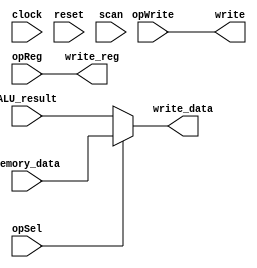
/** @module : writeback_unit
 *  @author : Secure, Trusted, and Assured Microelectronics (STAM) Center

 *  Copyright (c) 2022 Trireme (STAM/SCAI/ASU)
 *  Permission is hereby granted, free of charge, to any person obtaining a copy
 *  of this software and associated documentation files (the "Software"), to deal
 *  in the Software without restriction, including without limitation the rights
 *  to use, copy, modify, merge, publish, distribute, sublicense, and/or sell
 *  copies of the Software, and to permit persons to whom the Software is
 *  furnished to do so, subject to the following conditions:
 *  The above copyright notice and this permission notice shall be included in
 *  all copies or substantial portions of the Software.

 *  THE SOFTWARE IS PROVIDED "AS IS", WITHOUT WARRANTY OF ANY KIND, EXPRESS OR
 *  IMPLIED, INCLUDING BUT NOT LIMITED TO THE WARRANTIES OF MERCHANTABILITY,
 *  FITNESS FOR A PARTICULAR PURPOSE AND NONINFRINGEMENT. IN NO EVENT SHALL THE
 *  AUTHORS OR COPYRIGHT HOLDERS BE LIABLE FOR ANY CLAIM, DAMAGES OR OTHER
 *  LIABILITY, WHETHER IN AN ACTION OF CONTRACT, TORT OR OTHERWISE, ARISING FROM,
 *  OUT OF OR IN CONNECTION WITH THE SOFTWARE OR THE USE OR OTHER DEALINGS IN
 *  THE SOFTWARE.
 */

module writeback_unit #(
  parameter CORE = 0,
  parameter DATA_WIDTH = 32,
  parameter SCAN_CYCLES_MIN = 0,
  parameter SCAN_CYCLES_MAX = 1000
) (
  input clock,
  input reset,

  input opWrite,
  input opSel,
  input [4:0] opReg,
  input [DATA_WIDTH-1:0] ALU_result,
  input [DATA_WIDTH-1:0] memory_data,

  output write,
  output [4:0] write_reg,
  output [DATA_WIDTH-1:0] write_data,

  input scan

);

assign write_data = opSel? memory_data : ALU_result;
assign write_reg  = opReg;
assign write      = opWrite;

reg [31: 0] cycles;
always @ (posedge clock) begin
  cycles <= reset? 0 : cycles + 1;
  if (scan  & ((cycles >= SCAN_CYCLES_MIN) & (cycles <= SCAN_CYCLES_MAX)) )begin
    $display ("------ Core %d Writeback Unit - Current Cycle %d ----", CORE, cycles);
    $display ("| opSel       [%b]", opSel);
    $display ("| opReg       [%b]", opReg);
    $display ("| ALU_result  [%d]", ALU_result);
    $display ("| Memory_data [%d]", memory_data);
    $display ("| write       [%b]", write);
    $display ("| write_reg   [%d]", write_reg);
    $display ("| write_data  [%d]", write_data);
    $display ("----------------------------------------------------------------------");
  end
end

endmodule